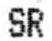
SR